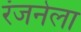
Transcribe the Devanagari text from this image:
रंजनेला